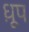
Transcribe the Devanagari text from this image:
ध़ूप